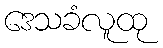
ဒေသခံလူထု